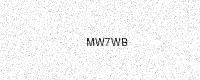
Text: MW7WB